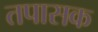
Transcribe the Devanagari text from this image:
तपासक